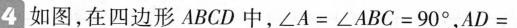
4 如图，在四边形ABCD中，$$∠ A = ∠ A B C = 9 0 °$$，$$A D =$$